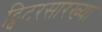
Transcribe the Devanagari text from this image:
ट्विटरसारख्या